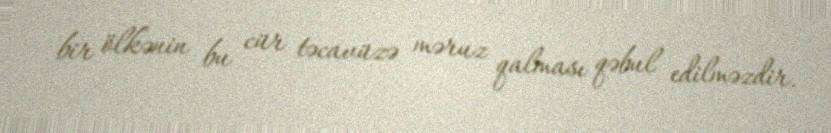
bir ölkənin bu cür təcavüzə məruz qalması qəbul edilməzdir.